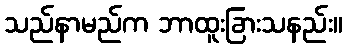
သည်နာမည်က ဘာထူးခြားသနည်း။